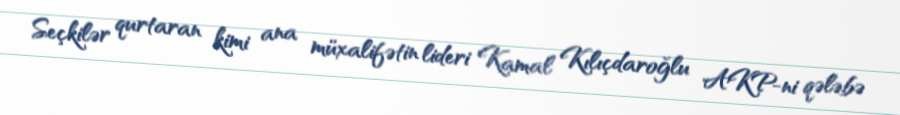
Seçkilər qurtaran kimi ana müxalifətin lideri Kamal Kılıçdaroğlu AKP-ni qələbə